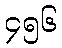
၄၅၆